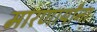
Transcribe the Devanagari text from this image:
मारणार्यांना